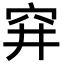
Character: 穽